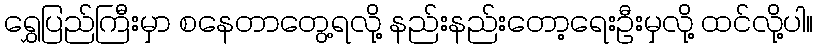
ရွှေပြည်ကြီးမှာ စနေတာတွေ့ရလို့ နည်းနည်းတော့ရေးဦးမှလို့ ထင်လို့ပါ။